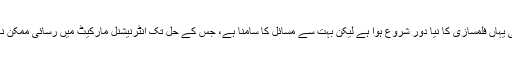
ابھی یہاں فلمسازی کا نیا دور شروع ہوا ہے لیکن بہت سے مسائل کا سامنا ہے، جس کے حل تک انٹرنیشنل مارکیٹ میں رسائی ممکن نہیں۔